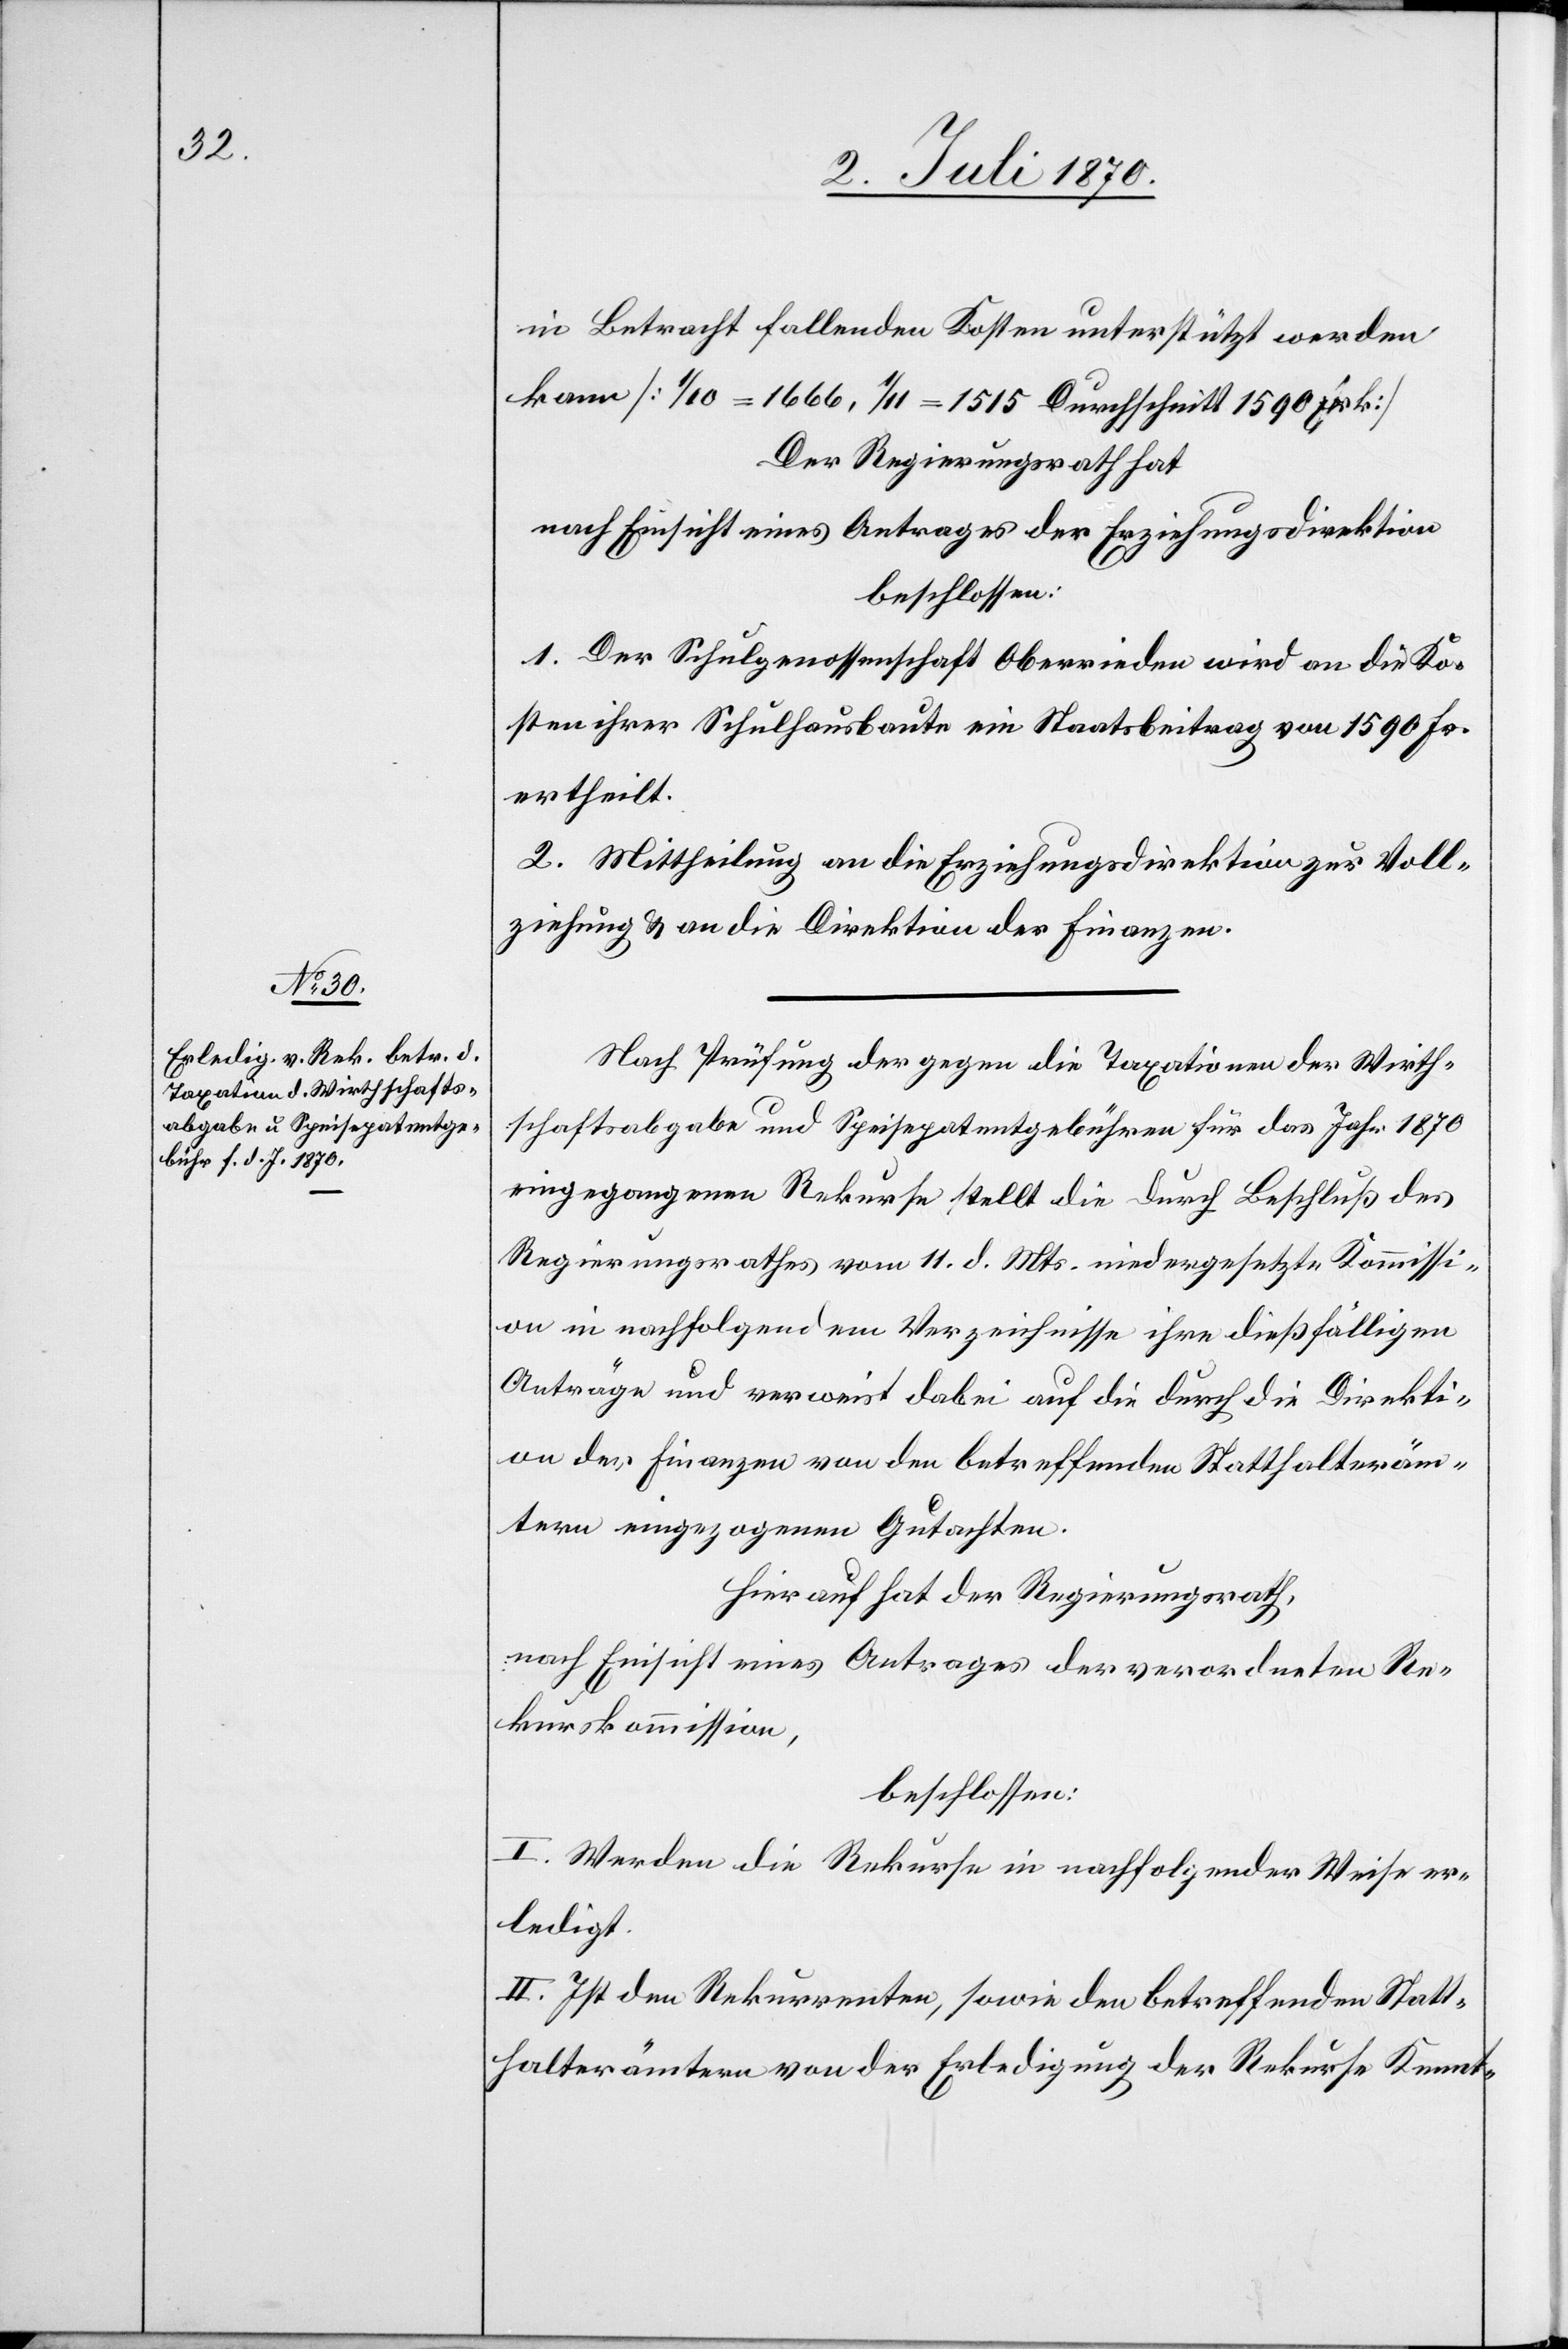
Nach Prüfung der gegen die Taxationen der Wirth¬
schaftsabgabe und Speisepatentgebühren für das Jahr 1870
eingegangenen Rekurse stellt die durch Beschluß des
Regierungsrathes vom 11. d. Mts. niedergesetzte Kommissi¬
on in nachfolgendem Verzeichnisse ihre dießfälligen
Anträge und verweist dabei auf die durch die Direkti¬
on der Finanzen von den betreffenden Statthalteräm¬
tern eingezogenen Gutachten.
Hierauf hat der Regierungsrath
nach Einsicht eines Antrages der verordneten Re¬
kurskommission,
beschlossen:
I. Werden die Rekurse in nachfolgender Weise er¬
ledigt.
II. Ist den Rekurrenten, sowie den betreffenden Statt¬
halterämtern von der Erledigung der Rekurse Kennt-